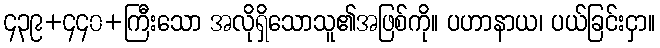
၄၃၉+၄၄၀+ကြီးသော အလိုရှိသောသူ၏အဖြစ်ကို။ ပဟာနာယ၊ ပယ်ခြင်းငှာ။